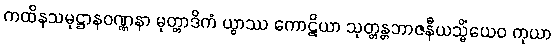
ကထိနသမုဋ္ဌာနဝဏ္ဏနာ မုတ္တာဒိကံ ယွာဿ ကောဋိယာ သုတ္တန္တဘာဇနီယသ္မိံယေဝ ကုယာ